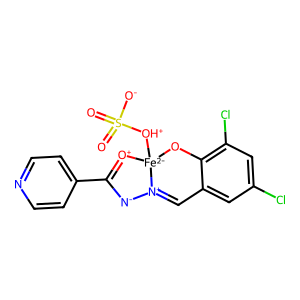
SMILES: O=S(=O)([O-])[OH+][Fe-2]12Oc3c(Cl)cc(Cl)cc3C=[N+]1[N-]C(c1ccncc1)=[O+]2
Inhibits HIV replication: No